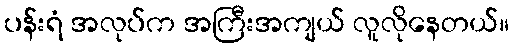
ပန်းရံ အလုပ်က အကြီးအကျယ် လူလိုနေတယ်။